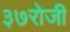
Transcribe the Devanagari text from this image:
३७रोजी